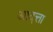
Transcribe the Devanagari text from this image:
आदत्ता